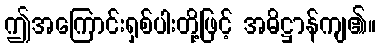
ဤအကြောင်းရှစ်ပါးတို့ဖြင့် အဓိဋ္ဌာန်ကျ၏။